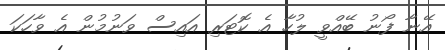
އޭނާ ފޯނު ބޭއްވީ ލުހާ އެ ކޮޓަރި އައިސް ވަނުމުން އެ ވާހަކަ